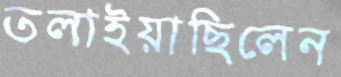
তলাইয়াছিলেন